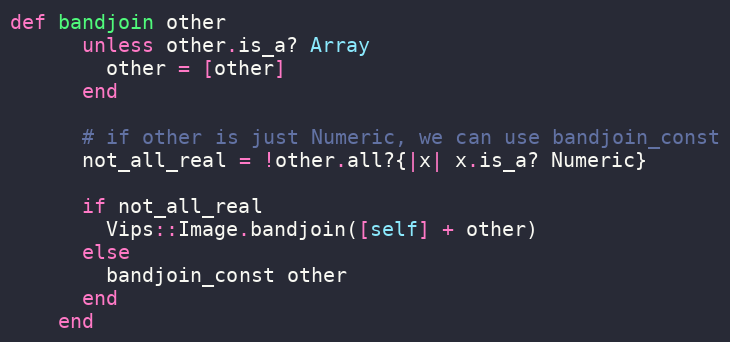
Language: Ruby
def bandjoin other
      unless other.is_a? Array
        other = [other]
      end

      # if other is just Numeric, we can use bandjoin_const
      not_all_real = !other.all?{|x| x.is_a? Numeric}

      if not_all_real
        Vips::Image.bandjoin([self] + other)
      else
        bandjoin_const other
      end
    end